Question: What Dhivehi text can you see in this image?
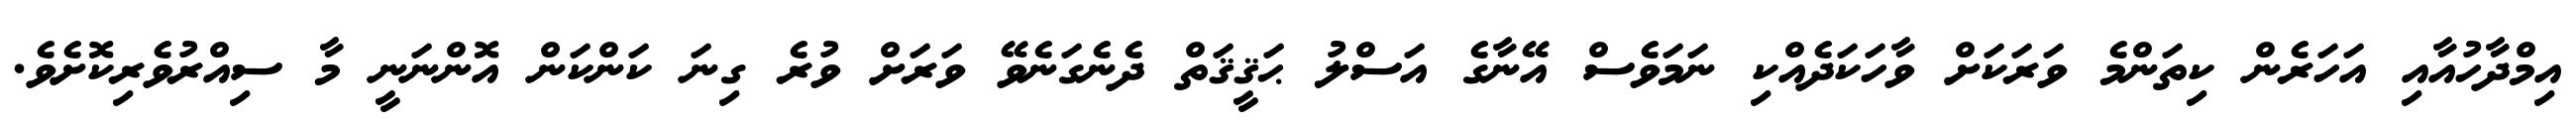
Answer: އިމްދާހުއާއި އަހަރެން ކިތަންމެ ވަރަކަށް ވާހަކަދެއްކި ނަމަވެސް އޭނާގެ އަސްލު ޙަޤީޤަތް ދެނެގަނެވޭ ވަރަށް ވުރެ ގިނަ ކަންކަން އޮންނަނީ މާ ސިއްރުވެރިކޮށެވެ.